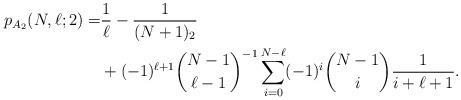
LaTeX: \begin{align*} p_{A_2}(N,\ell;2)=&\frac{1}{\ell}-\frac{1}{(N+1)_2}\\&+(-1)^{\ell+1}\binom{N-1}{\ell-1}^{-1}\sum_{i=0}^{N-\ell}(-1)^i\binom{N-1}{i}\frac{1}{i+\ell+1}.\end{align*}